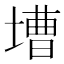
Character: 𡐋